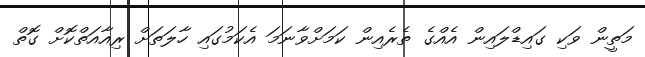
މަތީން ވަކި ގައިޑްލައިން އެއްގެ ތެރެއިން ކަމަށްވާނަމަ އެކަމުގައި ހާލަތަށް ރިއާއަތްކޮށް ގޮތް